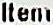
ITEM